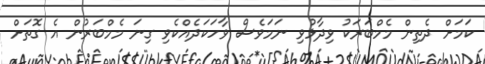
ކަމަށް ދެތިން މެމްބަރަކު ވިދާޅުވި ނަމަވެސް ވާހަކަދެއްކެވި ގިނަ މެމްބަރުން އެ ގޮތަށް